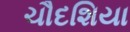
ચૌદશિયા